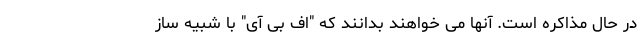
در حال مذاکره است. آنها می خواهند بدانند که "اف بی آی" با شبیه ساز